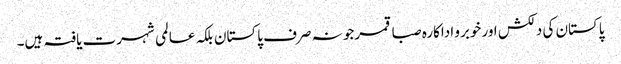
پاکستان کی دلکش اور خوبرو اداکارہ صبا قمرجو نہ صرف پاکستان بلکہ عالمی شہرت یافتہ ہیں۔